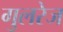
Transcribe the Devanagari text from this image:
गुलरेज